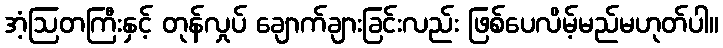
အံ့ဩတကြီးနှင့် တုန်လှုပ် ချောက်ချားခြင်းလည်း ဖြစ်ပေလိမ့်မည်မဟုတ်ပါ။